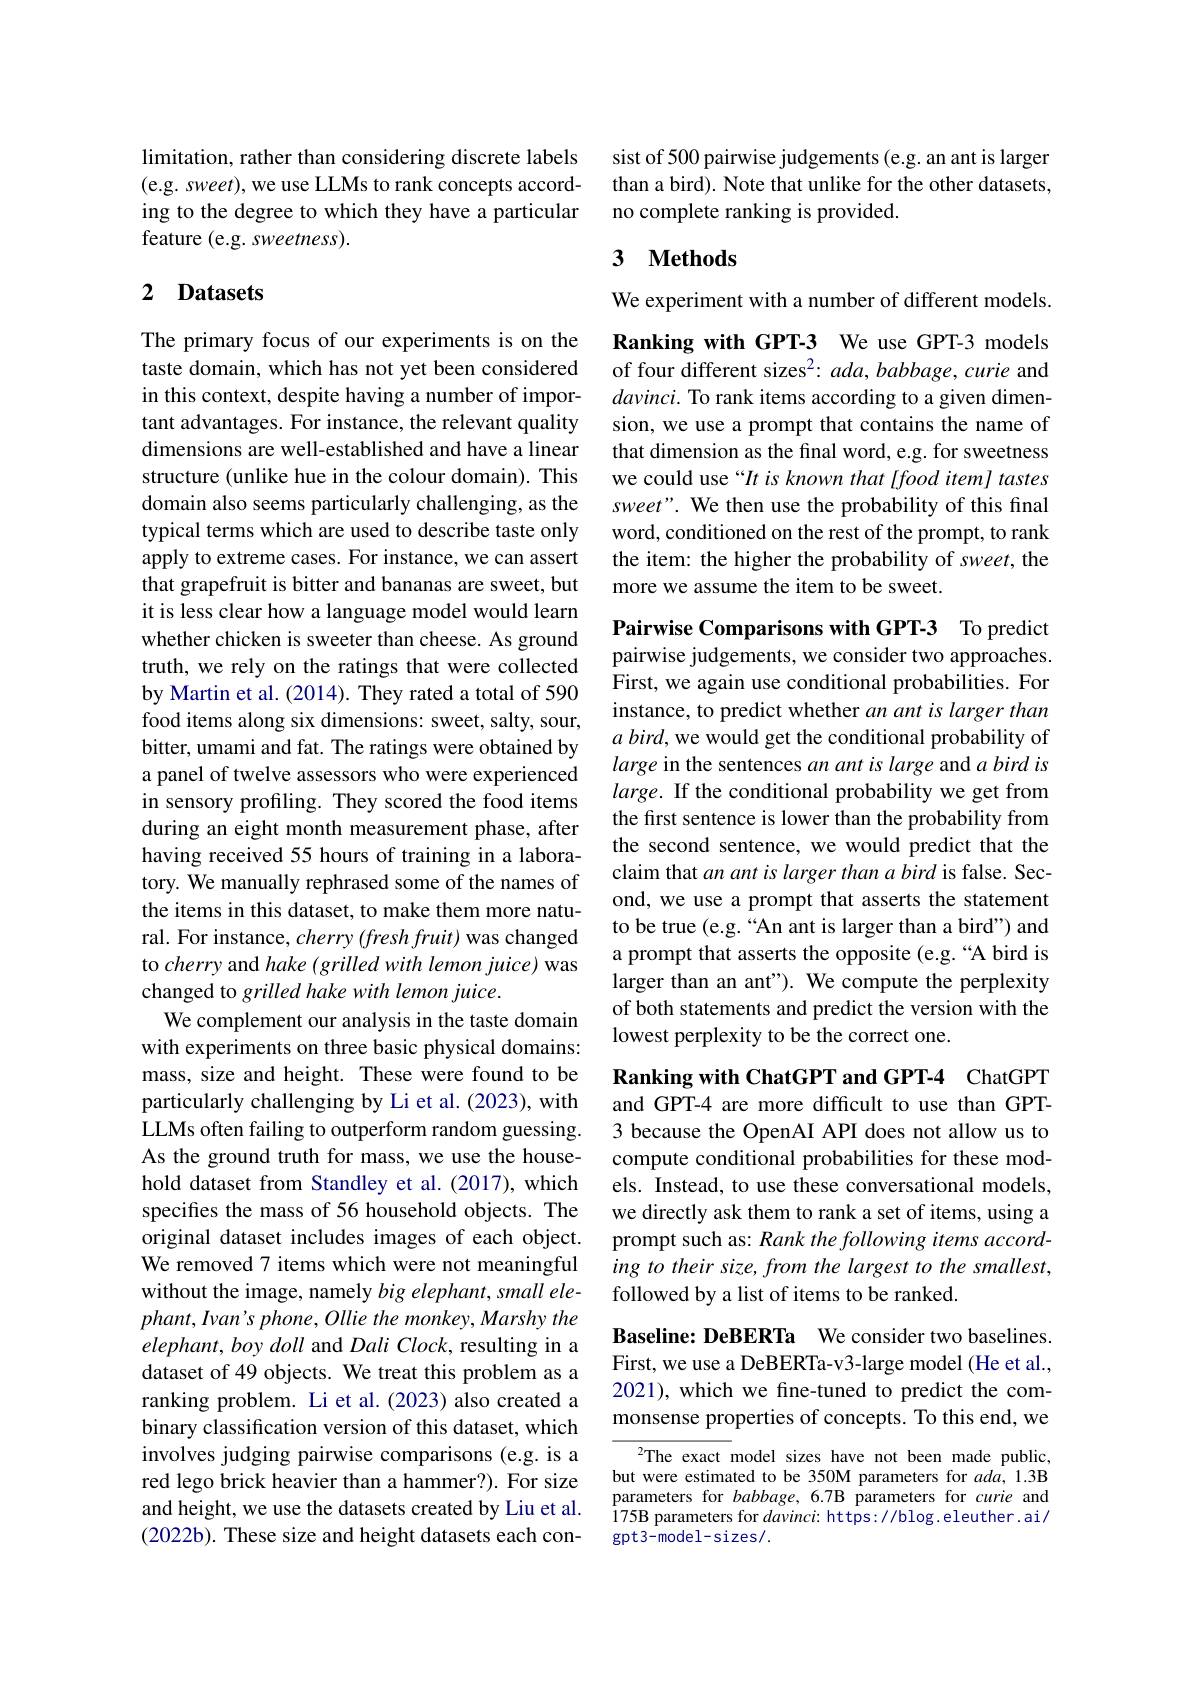
limitation, rather than considering discrete labels (e.g. sweet), we use LLMs to rank concepts according to the degree to which they have a particular feature (e.g. sweetness).

# 2 Datasets

The primary focus of our experiments is on the taste domain, which has not yet been considered in this context, despite having a number of important advantages. For instance, the relevant quality dimensions are well-established and have a linear structure (unlike hue in the colour domain). This domain also seems particularly challenging, as the typical terms which are used to describe taste only apply to extreme cases. For instance, we can assert that grapefruit is bitter and bananas are sweet, but it is less clear how a language model would learn whether chicken is sweeter than cheese. As ground truth, we rely on the ratings that were collected by Martin et al. (2014). They rated a total of 590 food items along six dimensions: sweet, salty, sour, bitter, umami and fat. The ratings were obtained by a panel of twelve assessors who were experienced in sensory profiling. They scored the food items during an eight month measurement phase, after having received 55 hours of training in a laboratory. We manually rephrased some of the names of the items in this dataset, to make them more natural. For instance, $cherry(freshfruit)$ was changed to cherry and hake ( grilled with lemon juice) was changed to grilled hake with lemon juice.
We complement our analysis in the taste domain with experiments on three basic physical domains: mass, size and height. These were found to be particularly challenging by Li et al. (2023), with LLMs often failing to outperform random guessing. As the ground truth for mass, we use the household dataset from Standley et al.(2017), which specifes the mass of 56 household objects. The original dataset includes images of each object. We removed 7 items which were not meaningful without the image, namely big elephant, small ele- $phant,Ivan's$ phone, Ollie the monkey, Marshy the $elephant, boy\textit{doll and Dali Clock, resulting in a}$ dataset of 49 objects. We treat this problem as a ranking problem. Li et al.(2023) also created a binary classification version of this dataset, which involves judging pairwise comparisons (e.g. is a red lego brick heavier than a hammer?). For size and height, we use the datasets created by Liu et al. (2022b). These size and height datasets each con-

sist of 500 pairwise judgements (e.g. an ant is larger than a bird). Note that unlike for the other datasets, no complete ranking is provided.

# 3 Methods

We experiment with a number of different models.

Ranking with GPT-3 We use GPT-3 models of four different sizes$^2:ada,babbage,curie$ and davinci. To rank items according to a given dimension, we use a prompt that contains the name of that dimension as the final word, e.g. for sweetness we could use“It is known that [food item] tastes sweet". We then use the probability of this final word, conditioned on the rest of the prompt, to rank the item: the higher the probability of sweet, the more we assume the item to be sweet.

Pairwise Comparisons with GPT-3 To predict pairwise judgements, we consider two approaches. First, we again use conditional probabilities. For instance, to predict whether an ant is larger than $a\textit{ bird, we would get the conditional probability of}$ large in the sentences an ant is large and $a\textit{bird is}$ $large.$ If the conditional probability we get from the first sentence is lower than the probability from the second sentence, we would predict that the claim that an ant is larger than a bird is false. Second, we use a prompt that asserts the statement to be true (e.g.“An ant is larger than a bird") and a prompt that asserts the opposite (e.g.“A bird is larger than an ant"). We compute the perplexity of both statements and predict the version with the lowest perplexity to be the correct one.

Ranking with ChatGPT and GPT-4 ChatGPT

and GPT-4 are more difficult to use than GPT- 3 because the OpenAI API does not allow us to compute conditional probabilities for these models. Instead, to use these conversational models, we directly ask them to rank a set of items, using a prompt such as: Rank the following items according to their size, from the largest to the smallest, followed by a list of items to be ranked.

Baseline: DeBERTa We consider two baselines. First, we use a DeBERTa-v3-large model (He et al., 2021), which we fine-tuned to predict the commonsense properties of concepts. To this end, we

$^{2}$The exact model sizes have not been made public, but were estimated to be 350M parameters for $ada,1.3$B parameters for $babbage,6.7$B parameters for curie and 175B parameters for $davinci:$ https://blog. eleuther. ai/ $\gcd3-model-sizes/.$